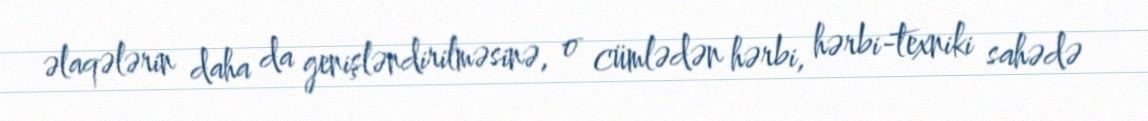
əlaqələrin daha da genişləndirilməsinə, o cümlədən hərbi, hərbi-texniki sahədə